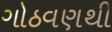
ગોઠવણથી